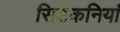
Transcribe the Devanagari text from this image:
सिटकनियां